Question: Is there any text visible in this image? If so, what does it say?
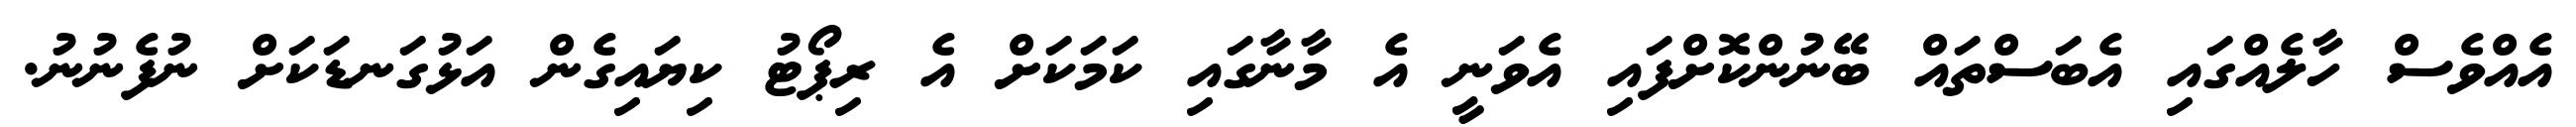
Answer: އެއްވެސް ހާލެއްގައި އެބަސްތައް ބޭނުންކޮށްފައި އެވަނީ އެ މާނާގައި ކަމަކަށް އެ ރިޕޯޓު ކިޔައިގެން އަޅުގަނޑަކަށް ނުފެނުނު.